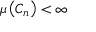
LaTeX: \mu \left( C _ { n } \right) < \infty